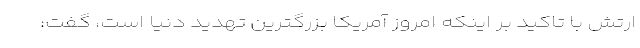
ارتش با تاکید بر اینکه امروز آمریکا بزرگترین تهدید دنیا است، گفت: